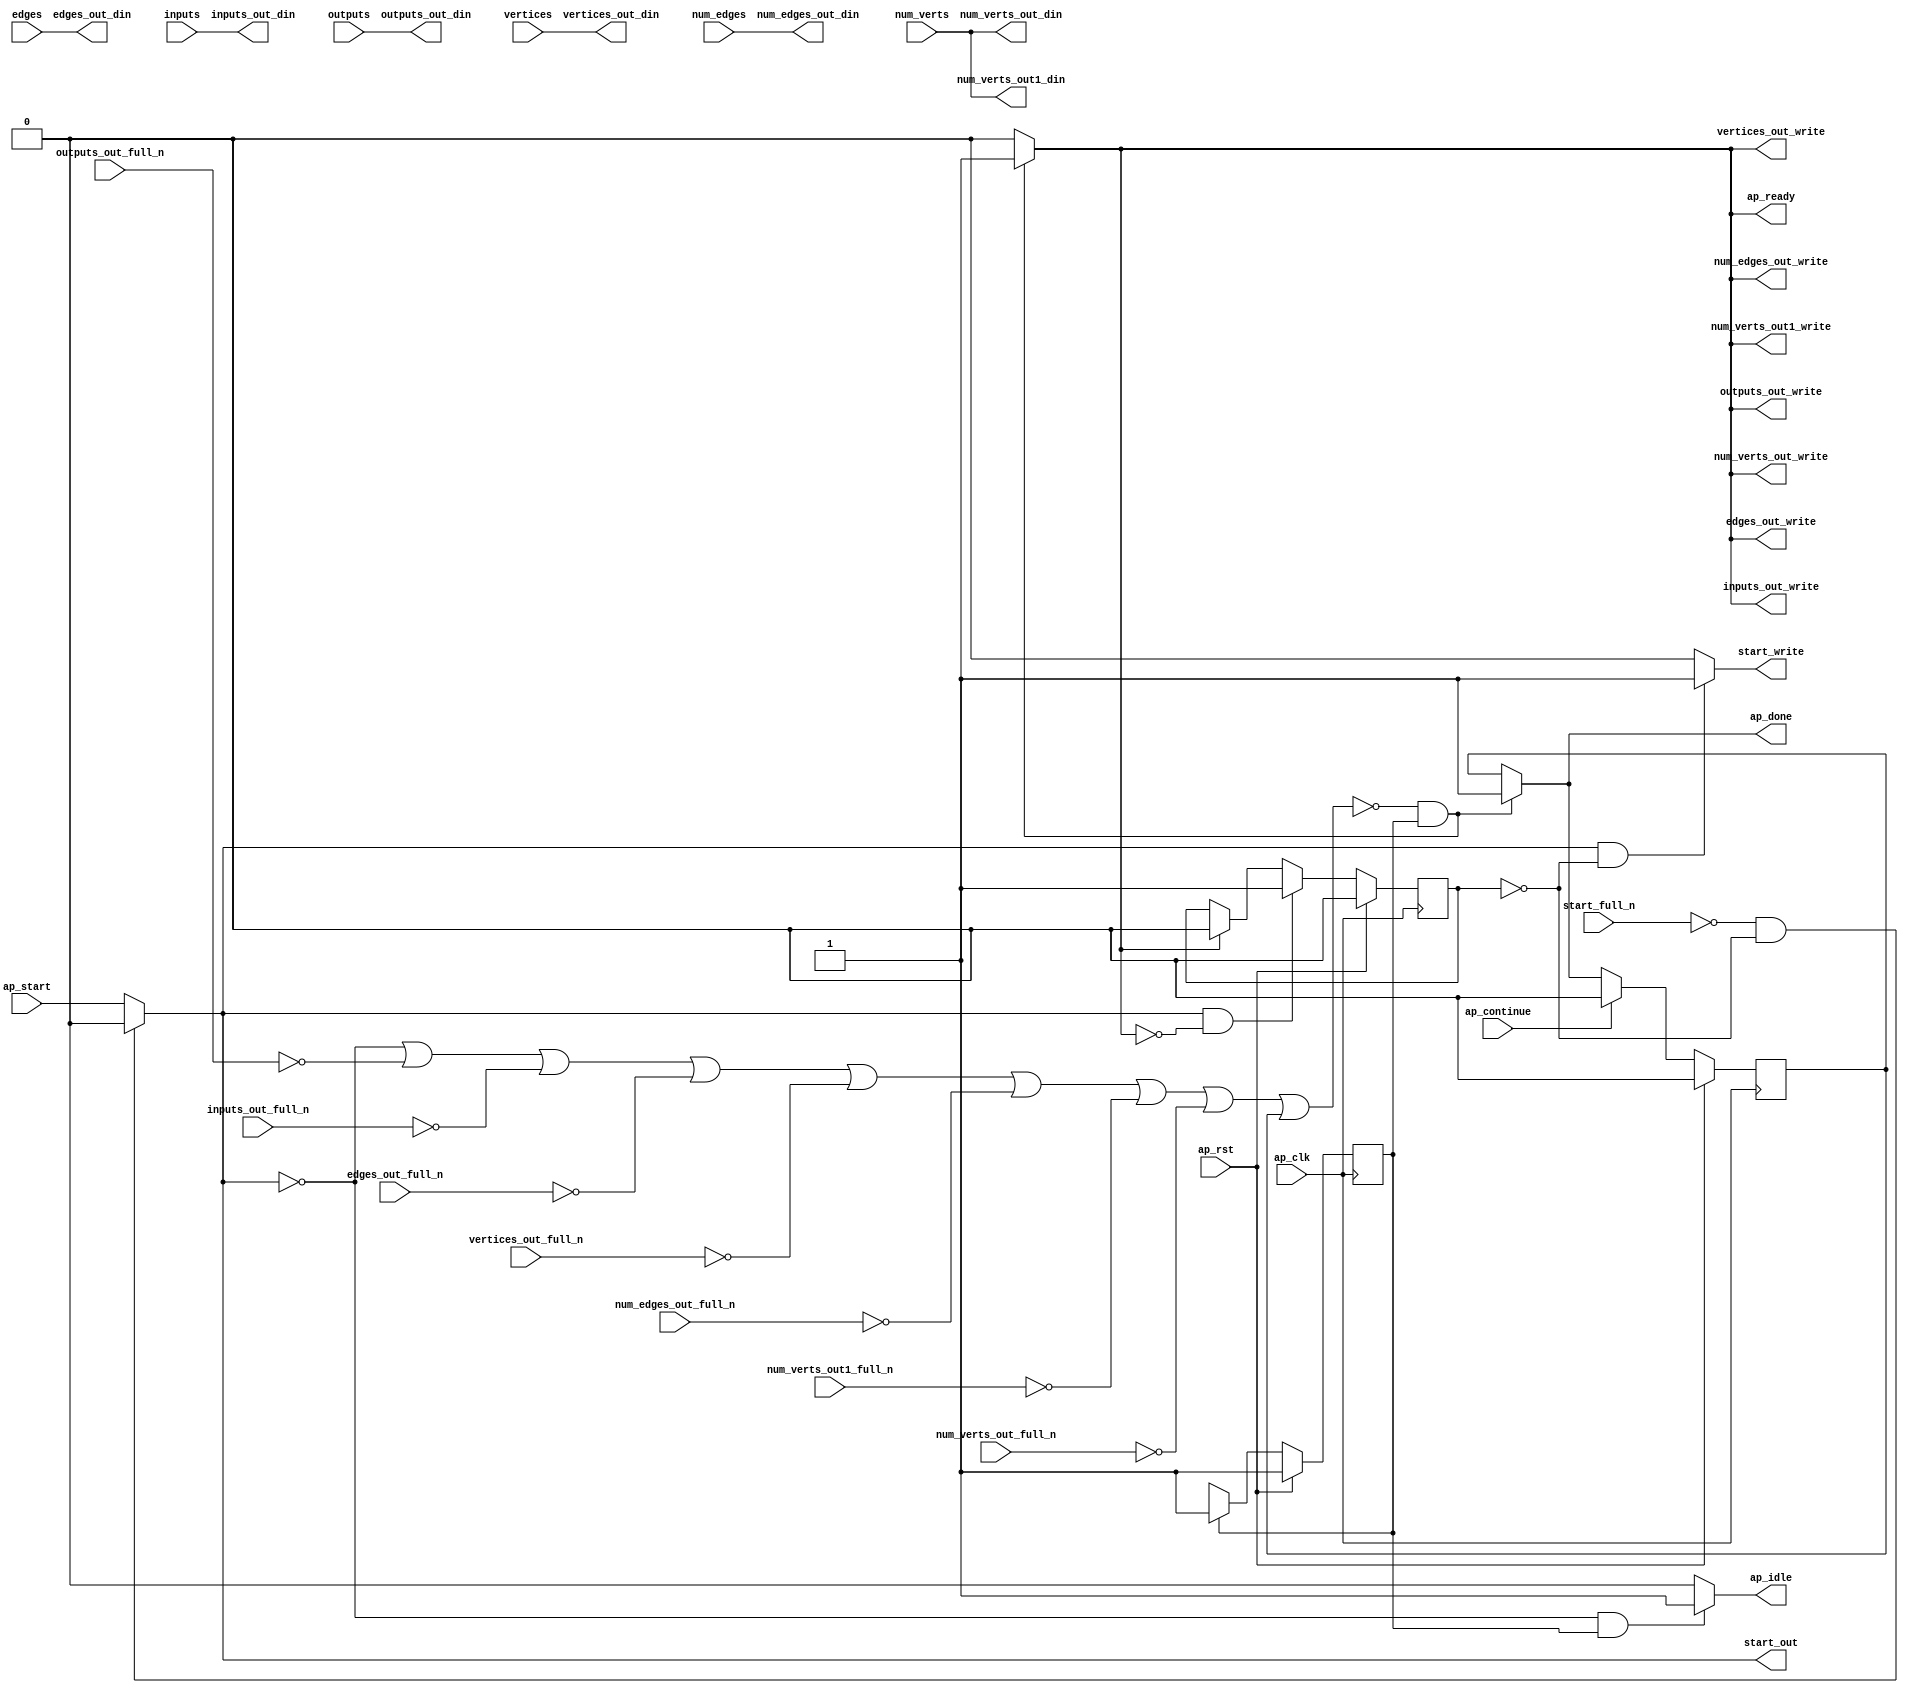
// ==============================================================
// RTL generated by Vitis HLS - High-Level Synthesis from C, C++ and OpenCL v2020.2 (64-bit)
// Version: 2020.2
// Copyright (C) Copyright 1986-2020 Xilinx, Inc. All Rights Reserved.
// 
// ===========================================================

`timescale 1 ns / 1 ps 

module pgrnk_pgrnk_entry3 (
        ap_clk,
        ap_rst,
        ap_start,
        start_full_n,
        ap_done,
        ap_continue,
        ap_idle,
        ap_ready,
        start_out,
        start_write,
        num_verts,
        num_edges,
        vertices,
        edges,
        inputs,
        outputs,
        num_verts_out_din,
        num_verts_out_full_n,
        num_verts_out_write,
        num_verts_out1_din,
        num_verts_out1_full_n,
        num_verts_out1_write,
        num_edges_out_din,
        num_edges_out_full_n,
        num_edges_out_write,
        vertices_out_din,
        vertices_out_full_n,
        vertices_out_write,
        edges_out_din,
        edges_out_full_n,
        edges_out_write,
        inputs_out_din,
        inputs_out_full_n,
        inputs_out_write,
        outputs_out_din,
        outputs_out_full_n,
        outputs_out_write
);

parameter    ap_ST_fsm_state1 = 1'd1;

input   ap_clk;
input   ap_rst;
input   ap_start;
input   start_full_n;
output   ap_done;
input   ap_continue;
output   ap_idle;
output   ap_ready;
output   start_out;
output   start_write;
input  [63:0] num_verts;
input  [63:0] num_edges;
input  [63:0] vertices;
input  [63:0] edges;
input  [63:0] inputs;
input  [63:0] outputs;
output  [63:0] num_verts_out_din;
input   num_verts_out_full_n;
output   num_verts_out_write;
output  [63:0] num_verts_out1_din;
input   num_verts_out1_full_n;
output   num_verts_out1_write;
output  [63:0] num_edges_out_din;
input   num_edges_out_full_n;
output   num_edges_out_write;
output  [63:0] vertices_out_din;
input   vertices_out_full_n;
output   vertices_out_write;
output  [63:0] edges_out_din;
input   edges_out_full_n;
output   edges_out_write;
output  [63:0] inputs_out_din;
input   inputs_out_full_n;
output   inputs_out_write;
output  [63:0] outputs_out_din;
input   outputs_out_full_n;
output   outputs_out_write;

reg ap_done;
reg ap_idle;
reg start_write;
reg num_verts_out_write;
reg num_verts_out1_write;
reg num_edges_out_write;
reg vertices_out_write;
reg edges_out_write;
reg inputs_out_write;
reg outputs_out_write;

reg    real_start;
reg    start_once_reg;
reg    ap_done_reg;
(* fsm_encoding = "none" *) reg   [0:0] ap_CS_fsm;
wire    ap_CS_fsm_state1;
reg    internal_ap_ready;
reg    num_verts_out_blk_n;
reg    num_verts_out1_blk_n;
reg    num_edges_out_blk_n;
reg    vertices_out_blk_n;
reg    edges_out_blk_n;
reg    inputs_out_blk_n;
reg    outputs_out_blk_n;
reg    ap_block_state1;
reg   [0:0] ap_NS_fsm;
wire    ap_ce_reg;

// power-on initialization
initial begin
#0 start_once_reg = 1'b0;
#0 ap_done_reg = 1'b0;
#0 ap_CS_fsm = 1'd1;
end

always @ (posedge ap_clk) begin
    if (ap_rst == 1'b1) begin
        ap_CS_fsm <= ap_ST_fsm_state1;
    end else begin
        ap_CS_fsm <= ap_NS_fsm;
    end
end

always @ (posedge ap_clk) begin
    if (ap_rst == 1'b1) begin
        ap_done_reg <= 1'b0;
    end else begin
        if ((ap_continue == 1'b1)) begin
            ap_done_reg <= 1'b0;
        end else if ((~((real_start == 1'b0) | (outputs_out_full_n == 1'b0) | (inputs_out_full_n == 1'b0) | (edges_out_full_n == 1'b0) | (vertices_out_full_n == 1'b0) | (num_edges_out_full_n == 1'b0) | (num_verts_out1_full_n == 1'b0) | (num_verts_out_full_n == 1'b0) | (ap_done_reg == 1'b1)) & (1'b1 == ap_CS_fsm_state1))) begin
            ap_done_reg <= 1'b1;
        end
    end
end

always @ (posedge ap_clk) begin
    if (ap_rst == 1'b1) begin
        start_once_reg <= 1'b0;
    end else begin
        if (((real_start == 1'b1) & (internal_ap_ready == 1'b0))) begin
            start_once_reg <= 1'b1;
        end else if ((internal_ap_ready == 1'b1)) begin
            start_once_reg <= 1'b0;
        end
    end
end

always @ (*) begin
    if ((~((real_start == 1'b0) | (outputs_out_full_n == 1'b0) | (inputs_out_full_n == 1'b0) | (edges_out_full_n == 1'b0) | (vertices_out_full_n == 1'b0) | (num_edges_out_full_n == 1'b0) | (num_verts_out1_full_n == 1'b0) | (num_verts_out_full_n == 1'b0) | (ap_done_reg == 1'b1)) & (1'b1 == ap_CS_fsm_state1))) begin
        ap_done = 1'b1;
    end else begin
        ap_done = ap_done_reg;
    end
end

always @ (*) begin
    if (((real_start == 1'b0) & (1'b1 == ap_CS_fsm_state1))) begin
        ap_idle = 1'b1;
    end else begin
        ap_idle = 1'b0;
    end
end

always @ (*) begin
    if ((~((real_start == 1'b0) | (ap_done_reg == 1'b1)) & (1'b1 == ap_CS_fsm_state1))) begin
        edges_out_blk_n = edges_out_full_n;
    end else begin
        edges_out_blk_n = 1'b1;
    end
end

always @ (*) begin
    if ((~((real_start == 1'b0) | (outputs_out_full_n == 1'b0) | (inputs_out_full_n == 1'b0) | (edges_out_full_n == 1'b0) | (vertices_out_full_n == 1'b0) | (num_edges_out_full_n == 1'b0) | (num_verts_out1_full_n == 1'b0) | (num_verts_out_full_n == 1'b0) | (ap_done_reg == 1'b1)) & (1'b1 == ap_CS_fsm_state1))) begin
        edges_out_write = 1'b1;
    end else begin
        edges_out_write = 1'b0;
    end
end

always @ (*) begin
    if ((~((real_start == 1'b0) | (ap_done_reg == 1'b1)) & (1'b1 == ap_CS_fsm_state1))) begin
        inputs_out_blk_n = inputs_out_full_n;
    end else begin
        inputs_out_blk_n = 1'b1;
    end
end

always @ (*) begin
    if ((~((real_start == 1'b0) | (outputs_out_full_n == 1'b0) | (inputs_out_full_n == 1'b0) | (edges_out_full_n == 1'b0) | (vertices_out_full_n == 1'b0) | (num_edges_out_full_n == 1'b0) | (num_verts_out1_full_n == 1'b0) | (num_verts_out_full_n == 1'b0) | (ap_done_reg == 1'b1)) & (1'b1 == ap_CS_fsm_state1))) begin
        inputs_out_write = 1'b1;
    end else begin
        inputs_out_write = 1'b0;
    end
end

always @ (*) begin
    if ((~((real_start == 1'b0) | (outputs_out_full_n == 1'b0) | (inputs_out_full_n == 1'b0) | (edges_out_full_n == 1'b0) | (vertices_out_full_n == 1'b0) | (num_edges_out_full_n == 1'b0) | (num_verts_out1_full_n == 1'b0) | (num_verts_out_full_n == 1'b0) | (ap_done_reg == 1'b1)) & (1'b1 == ap_CS_fsm_state1))) begin
        internal_ap_ready = 1'b1;
    end else begin
        internal_ap_ready = 1'b0;
    end
end

always @ (*) begin
    if ((~((real_start == 1'b0) | (ap_done_reg == 1'b1)) & (1'b1 == ap_CS_fsm_state1))) begin
        num_edges_out_blk_n = num_edges_out_full_n;
    end else begin
        num_edges_out_blk_n = 1'b1;
    end
end

always @ (*) begin
    if ((~((real_start == 1'b0) | (outputs_out_full_n == 1'b0) | (inputs_out_full_n == 1'b0) | (edges_out_full_n == 1'b0) | (vertices_out_full_n == 1'b0) | (num_edges_out_full_n == 1'b0) | (num_verts_out1_full_n == 1'b0) | (num_verts_out_full_n == 1'b0) | (ap_done_reg == 1'b1)) & (1'b1 == ap_CS_fsm_state1))) begin
        num_edges_out_write = 1'b1;
    end else begin
        num_edges_out_write = 1'b0;
    end
end

always @ (*) begin
    if ((~((real_start == 1'b0) | (ap_done_reg == 1'b1)) & (1'b1 == ap_CS_fsm_state1))) begin
        num_verts_out1_blk_n = num_verts_out1_full_n;
    end else begin
        num_verts_out1_blk_n = 1'b1;
    end
end

always @ (*) begin
    if ((~((real_start == 1'b0) | (outputs_out_full_n == 1'b0) | (inputs_out_full_n == 1'b0) | (edges_out_full_n == 1'b0) | (vertices_out_full_n == 1'b0) | (num_edges_out_full_n == 1'b0) | (num_verts_out1_full_n == 1'b0) | (num_verts_out_full_n == 1'b0) | (ap_done_reg == 1'b1)) & (1'b1 == ap_CS_fsm_state1))) begin
        num_verts_out1_write = 1'b1;
    end else begin
        num_verts_out1_write = 1'b0;
    end
end

always @ (*) begin
    if ((~((real_start == 1'b0) | (ap_done_reg == 1'b1)) & (1'b1 == ap_CS_fsm_state1))) begin
        num_verts_out_blk_n = num_verts_out_full_n;
    end else begin
        num_verts_out_blk_n = 1'b1;
    end
end

always @ (*) begin
    if ((~((real_start == 1'b0) | (outputs_out_full_n == 1'b0) | (inputs_out_full_n == 1'b0) | (edges_out_full_n == 1'b0) | (vertices_out_full_n == 1'b0) | (num_edges_out_full_n == 1'b0) | (num_verts_out1_full_n == 1'b0) | (num_verts_out_full_n == 1'b0) | (ap_done_reg == 1'b1)) & (1'b1 == ap_CS_fsm_state1))) begin
        num_verts_out_write = 1'b1;
    end else begin
        num_verts_out_write = 1'b0;
    end
end

always @ (*) begin
    if ((~((real_start == 1'b0) | (ap_done_reg == 1'b1)) & (1'b1 == ap_CS_fsm_state1))) begin
        outputs_out_blk_n = outputs_out_full_n;
    end else begin
        outputs_out_blk_n = 1'b1;
    end
end

always @ (*) begin
    if ((~((real_start == 1'b0) | (outputs_out_full_n == 1'b0) | (inputs_out_full_n == 1'b0) | (edges_out_full_n == 1'b0) | (vertices_out_full_n == 1'b0) | (num_edges_out_full_n == 1'b0) | (num_verts_out1_full_n == 1'b0) | (num_verts_out_full_n == 1'b0) | (ap_done_reg == 1'b1)) & (1'b1 == ap_CS_fsm_state1))) begin
        outputs_out_write = 1'b1;
    end else begin
        outputs_out_write = 1'b0;
    end
end

always @ (*) begin
    if (((start_full_n == 1'b0) & (start_once_reg == 1'b0))) begin
        real_start = 1'b0;
    end else begin
        real_start = ap_start;
    end
end

always @ (*) begin
    if (((real_start == 1'b1) & (start_once_reg == 1'b0))) begin
        start_write = 1'b1;
    end else begin
        start_write = 1'b0;
    end
end

always @ (*) begin
    if ((~((real_start == 1'b0) | (ap_done_reg == 1'b1)) & (1'b1 == ap_CS_fsm_state1))) begin
        vertices_out_blk_n = vertices_out_full_n;
    end else begin
        vertices_out_blk_n = 1'b1;
    end
end

always @ (*) begin
    if ((~((real_start == 1'b0) | (outputs_out_full_n == 1'b0) | (inputs_out_full_n == 1'b0) | (edges_out_full_n == 1'b0) | (vertices_out_full_n == 1'b0) | (num_edges_out_full_n == 1'b0) | (num_verts_out1_full_n == 1'b0) | (num_verts_out_full_n == 1'b0) | (ap_done_reg == 1'b1)) & (1'b1 == ap_CS_fsm_state1))) begin
        vertices_out_write = 1'b1;
    end else begin
        vertices_out_write = 1'b0;
    end
end

always @ (*) begin
    case (ap_CS_fsm)
        ap_ST_fsm_state1 : begin
            ap_NS_fsm = ap_ST_fsm_state1;
        end
        default : begin
            ap_NS_fsm = 'bx;
        end
    endcase
end

assign ap_CS_fsm_state1 = ap_CS_fsm[32'd0];

always @ (*) begin
    ap_block_state1 = ((real_start == 1'b0) | (outputs_out_full_n == 1'b0) | (inputs_out_full_n == 1'b0) | (edges_out_full_n == 1'b0) | (vertices_out_full_n == 1'b0) | (num_edges_out_full_n == 1'b0) | (num_verts_out1_full_n == 1'b0) | (num_verts_out_full_n == 1'b0) | (ap_done_reg == 1'b1));
end

assign ap_ready = internal_ap_ready;

assign edges_out_din = edges;

assign inputs_out_din = inputs;

assign num_edges_out_din = num_edges;

assign num_verts_out1_din = num_verts;

assign num_verts_out_din = num_verts;

assign outputs_out_din = outputs;

assign start_out = real_start;

assign vertices_out_din = vertices;

endmodule //pgrnk_pgrnk_entry3